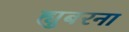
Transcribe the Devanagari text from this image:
ह्युबरना